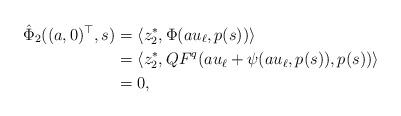
LaTeX: \begin{align*}\hat \Phi_2((a,0)^\top,s) &= \langle z_2^*, \Phi(a u_\ell, p(s))\rangle\\&=\langle z_2^*, QF^q(au_\ell + \psi(a u_\ell, p(s)), p(s))\rangle\\&=0,\end{align*}